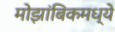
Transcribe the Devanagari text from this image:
मोझांबिकमध्ये